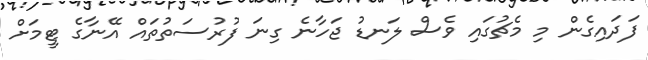
ފަދައިގެން މި މެޗުގައި ވެސް ލަނޑު ޖަހާނެ ގިނަ ފުރުސަތުތައް އޭނާގެ ޓީމަށް